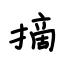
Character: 摘